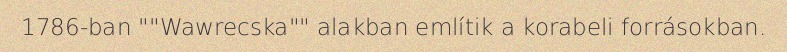
1786-ban ""Wawrecska"" alakban említik a korabeli forrásokban.